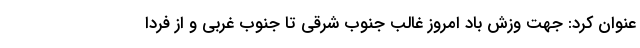
عنوان کرد: جهت وزش باد امروز غالب جنوب شرقی تا جنوب غربی و از فردا